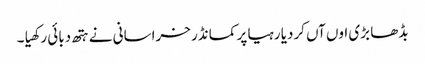
بڈھا بڑی اوں آں کردیا رہیا پر کمانڈر خراسانی نے ہتھ دبائی رکھیا ۔